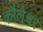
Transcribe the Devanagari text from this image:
कौलेश्वर